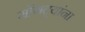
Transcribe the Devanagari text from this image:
सोंगट्यांना